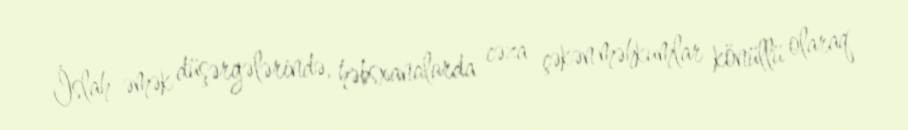
İslah-əmək düşərgələrində, həbsxanalarda cəza çəkən məhkumlar könüllü olaraq